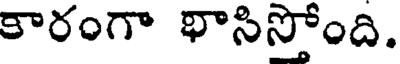
కారంగా భాసిస్తోంది.